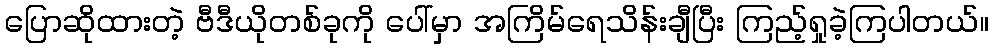
ပြောဆိုထားတဲ့ ဗီဒီယိုတစ်ခုကို ပေါ်မှာ အကြိမ်ရေသိန်းချီပြီး ကြည့်ရှုခဲ့ကြပါတယ်။